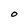
Character: O